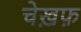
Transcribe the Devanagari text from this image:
चेख़फ़